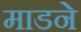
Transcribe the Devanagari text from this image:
माडने